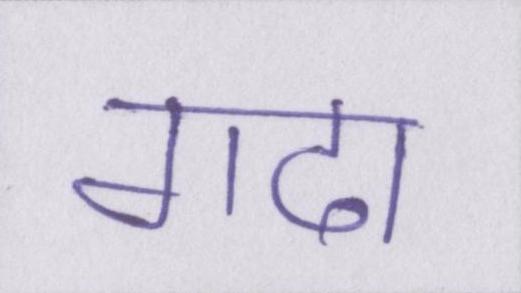
गदा